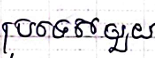
ប្រទេសមួយ